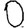
Digit: 0